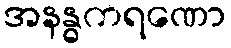
အနန္ဓကရဏော